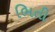
ભિતી